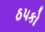
ઠ૫કો